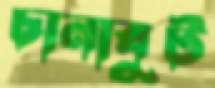
চানাবুট